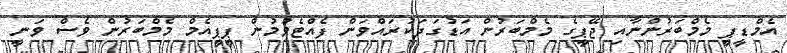
އެމްޑީޕީ މެމްބަރުންނާއި ޖޭޕީގެ މެމްބަރުން އަޑުގަދަކުރައްވަން ފެއްޓެވުމުން ޕީޕީއެމް މެމްބަރުން ވެސް ވަނީ